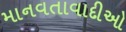
માનવતાવાદીઓ